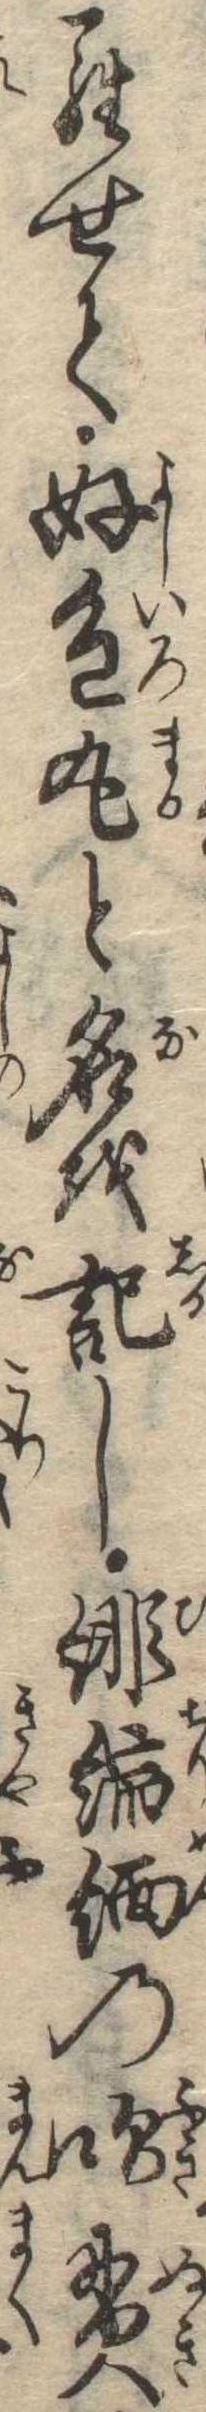
らせて好色丸と名を記し緋縮緬の吹貫